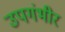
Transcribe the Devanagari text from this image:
उपगंभीर